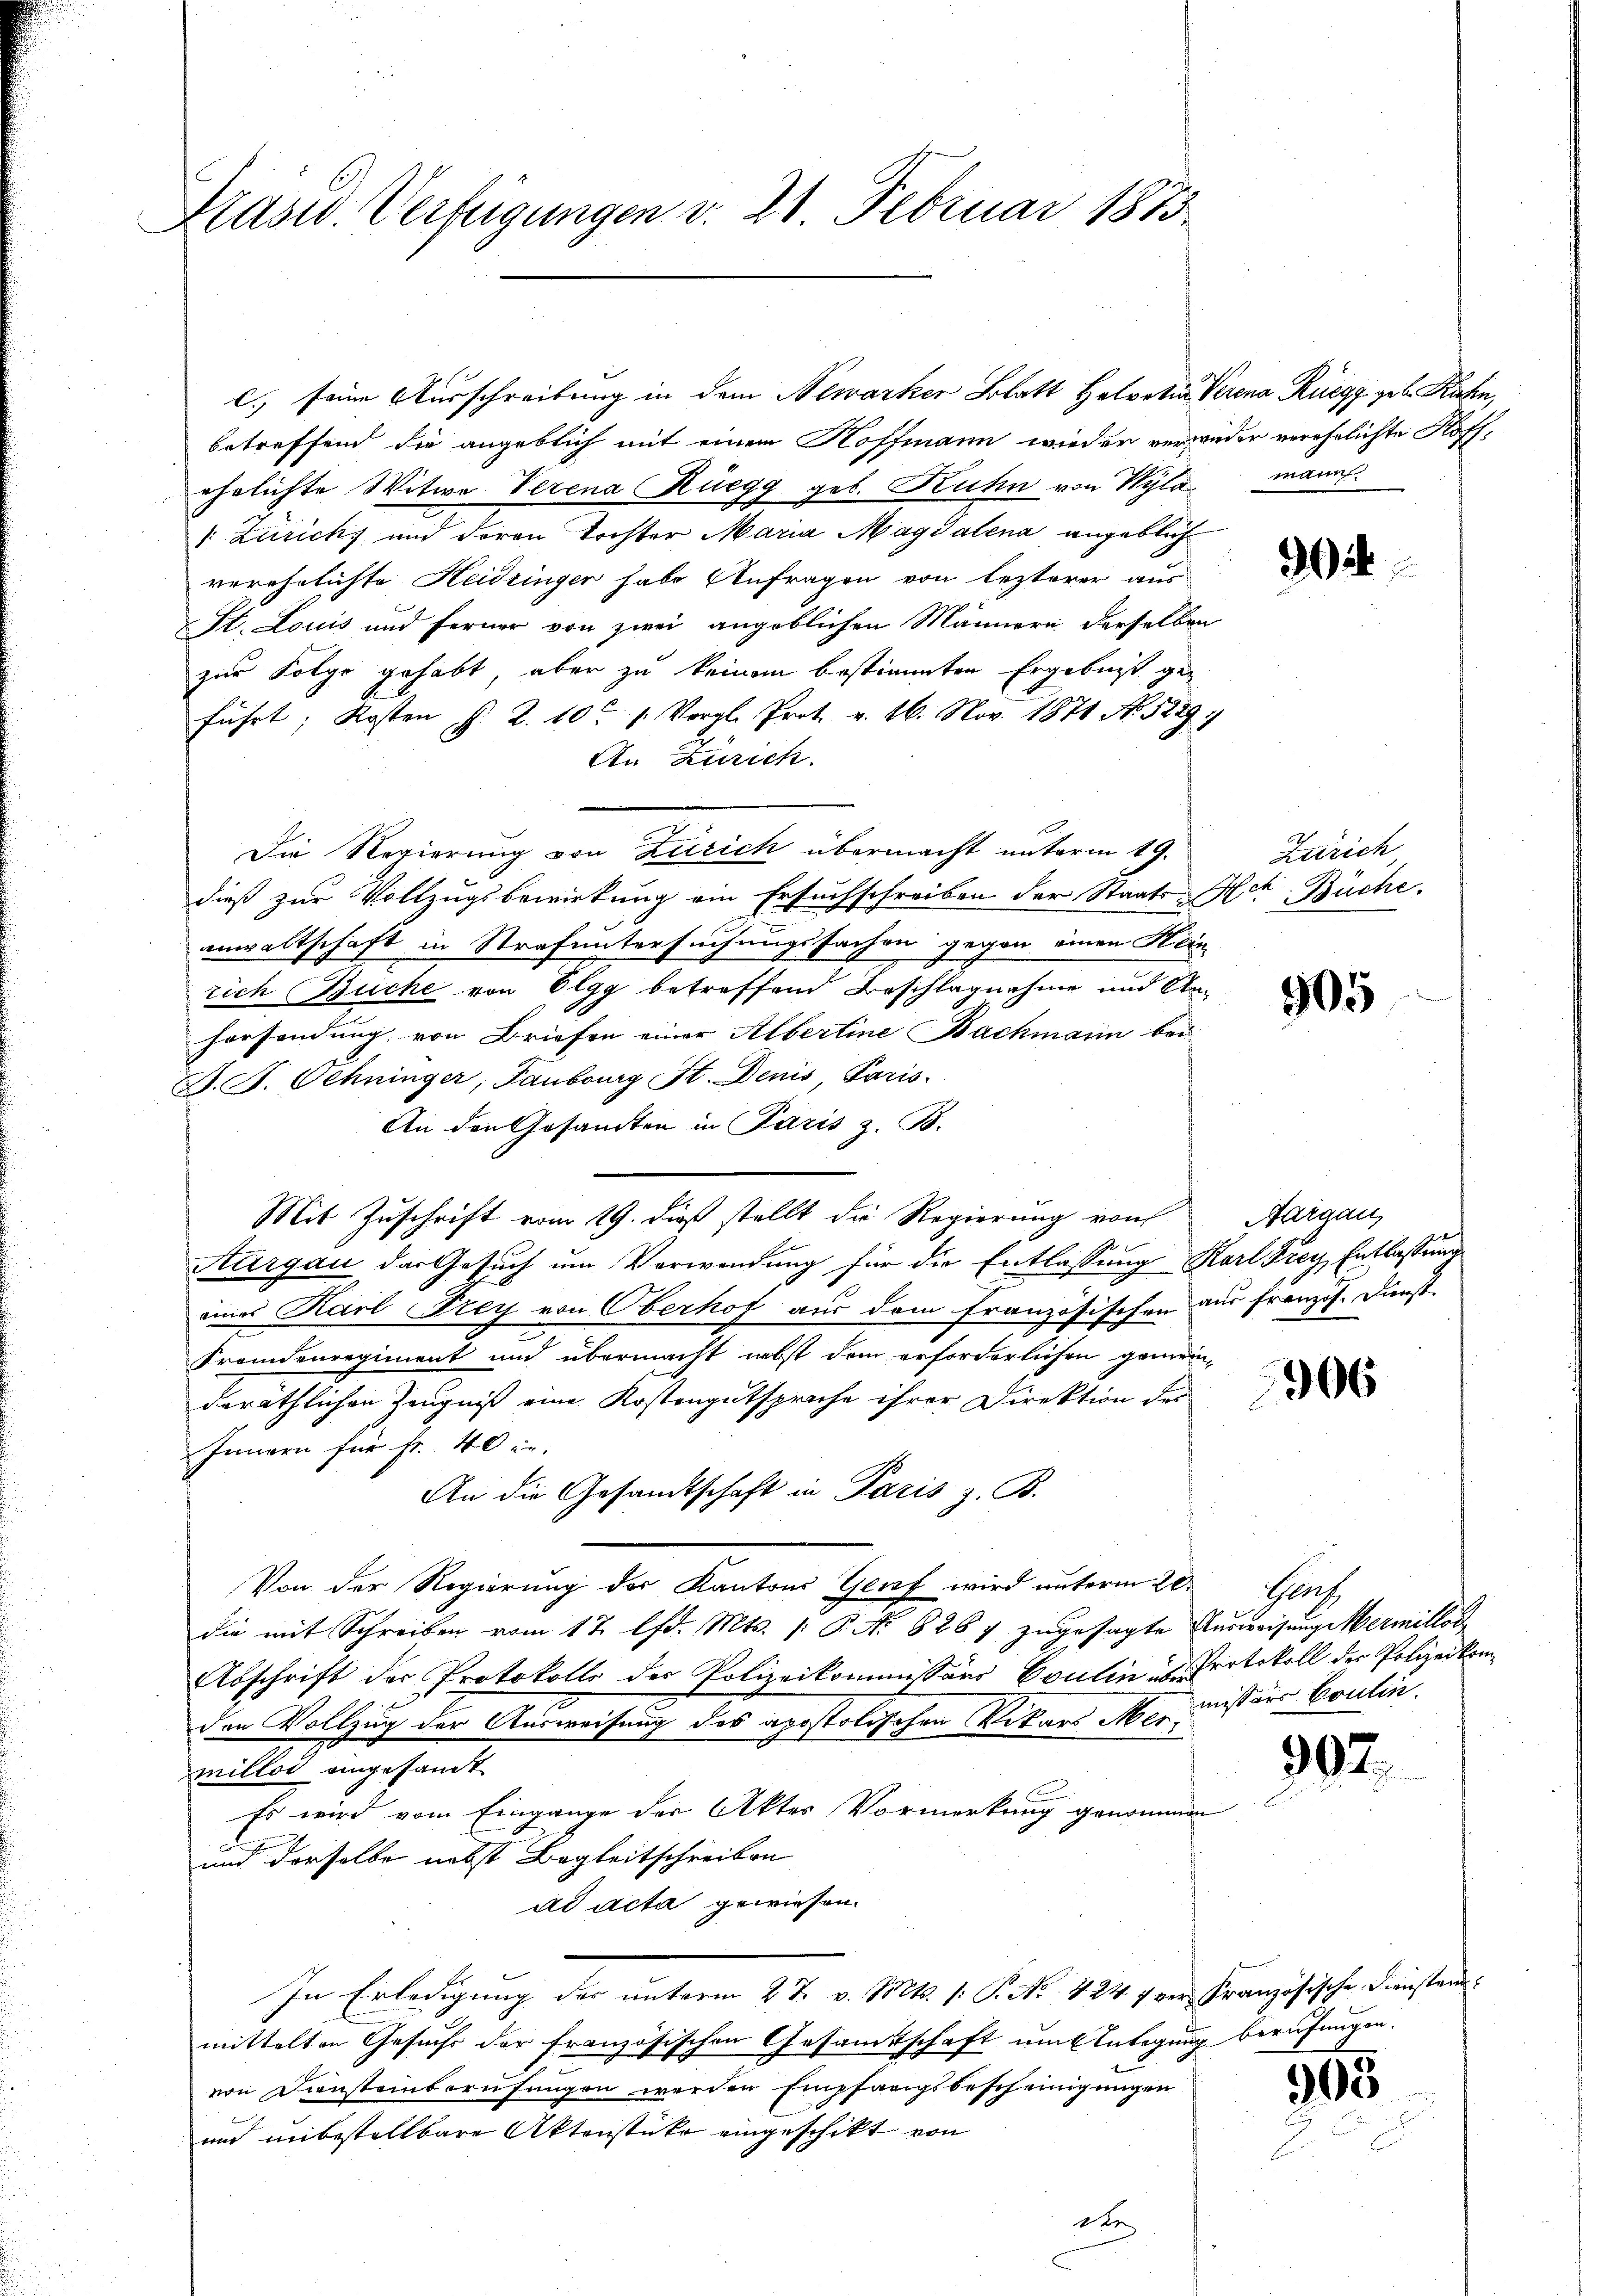
Krasw. Verfügungen v. 21. Februar 1873.

betreffend die angeblich mit einem Hoffmann wieder verwieder verehelichte Floffehelichte Witwe Verena Rüegg geb. Kuhn von Wyla mann
" Zürichs und deren Tochter Maria Magdalena angeblich
verehelichte Heidlinger habe Anfragen von lezterer aus
St. Louis und ferner von zwei angeblichen Männern derselben
zur Folge gehabt, aber zu keinem bestimmten Ergebnis geführt; Kosten §. 2. 10t 1. Vergl. Prot. v. 26. Nov. 1874 No. 5229
An Zürich.
Die Regierung von Zürich übermacht unterm 19.
dieß zur Vollzugsbewirkung ein Ersuchschreiben der Staats- Hch. Büche.
anwaltschaft in Strafuntersuchungssachen gegen einen Hein
rich Büche von Elgg betreffend Beschlagnahme und An-
hersendung, von Briefen einer Albertine Bachmann bei
D. F. Schninger, Taubourg St. Denis, Paris.
An den Gesandten in Paris z. B.
Mit Zuschrift vom 19. dieß stellt die Regierung von
Aargau der Gesuch um Vorwendung für die Entlassung Karl Frey Entlassung
eines Karl Frey von Oberhof aus dem französischen aus französ. Dienst-
Fremdenregiment und übermacht nebst dem erforderlichen gemein-
deräthlichen Zeugniß eine Kostengutsprache ihrer Direktion der
Innern für Fr. 40 in
An die Gesandtschaft in Paris z. B.
Von der Regierung des Kantons Genf wird unterm 20.
die mit Schreiben vom 17 lfd. Mts. /: P. No 826 7 zugesagte Ausweisung ermitloc
Abschrift der Protokolls des Polizeikommissärs Coulin ist Protokoll der Polizeikomden Vollzug der Ausweisung des apostolischen Vikars Aber missers Coulin.
millos angesandt
Es wird vom Eingange der Aktes Vormerkung genommen
und derselbe nebst Begleitschreiben
ad acta gewiesen.
In Erledigung der unterm 27. v. Mts. 1. P. Nr. 424 f von Französische Dienstan
mittelten Gesuchs der französischen Gesamtschaft um Integung berufungen.
von Diensteinberufungen werden Empfarigsbescheinigungen
und unbestellbare Aktenstüke eingeschikt von
2te

c) seine Ausschreibung in dem Newarter Blatt Helvetia Verena Rüegg geb. Rahn,

Zürich

505

Aargau,

306

Ganz

907.

565